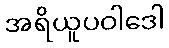
အရိယူပဝါဒေါ